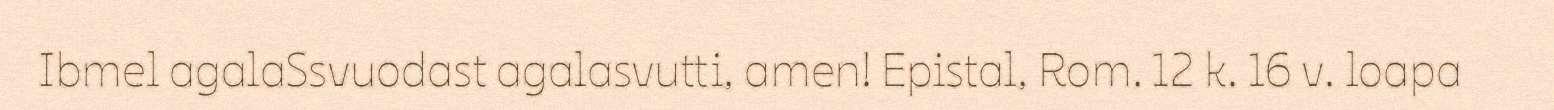
Ibmel agalaSsvuodast agalasvutti, amen! Epistal, Rom. 12 k. 16 v. loapa